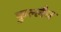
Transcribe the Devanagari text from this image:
फुल्लैच